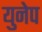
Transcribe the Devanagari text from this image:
युनेप